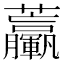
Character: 𧆃